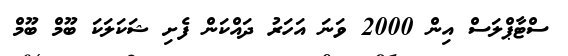
ސްޓާޕްލަސް އިން 2000 ވަނަ އަހަރު ދައްކަން ފެށި ޝަކަލަކަ ބޫމް ބޫމް